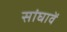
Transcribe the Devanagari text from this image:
सांघावें